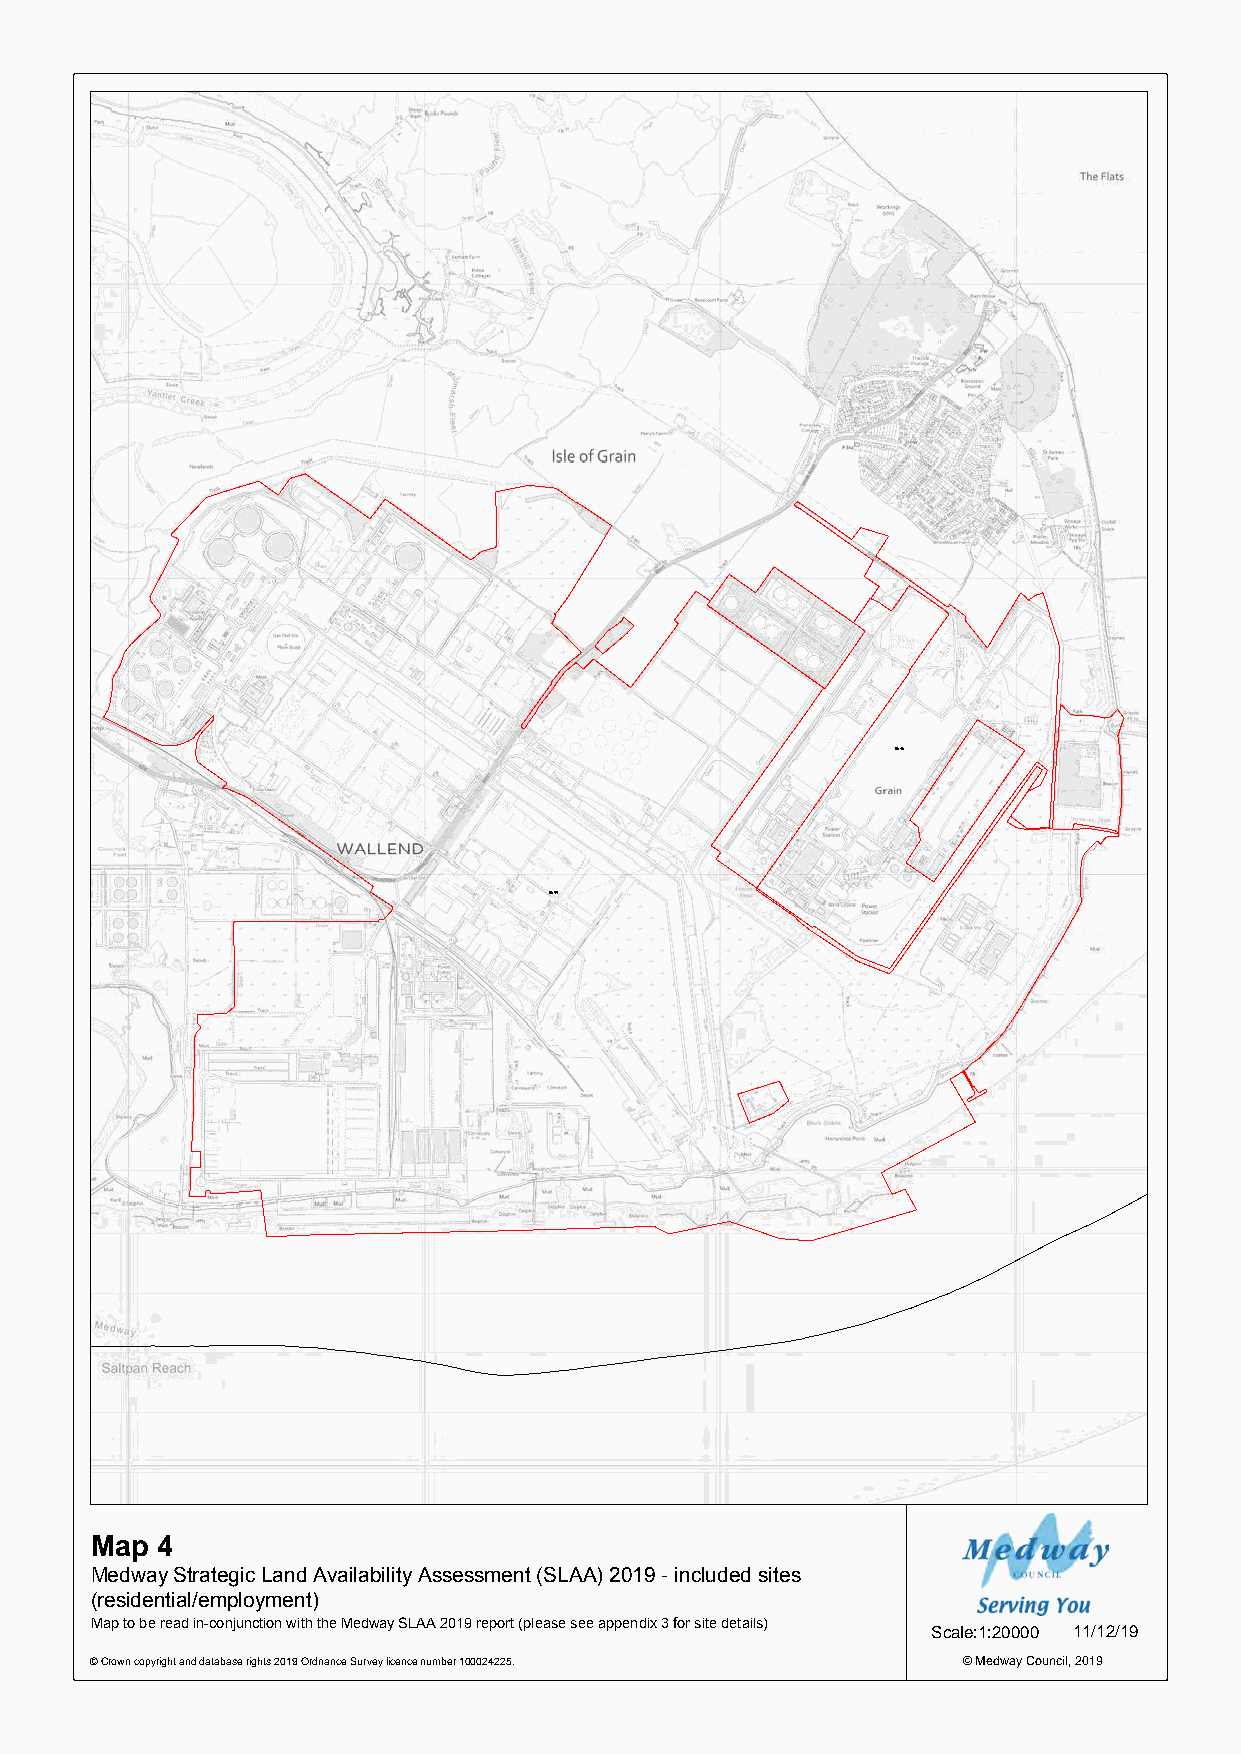
0646
 0699
 Map 4
 Medway Strategic Land Availability Assessment (SLAA) 2019 - included sites
 (residential/employment)
 Map to be read in-conjunction with the Medway SLAA 2019 report (please see appendix 3 for site details) Scale:1:20000 11/12/19
 © Crown copyright and database rights 2019 Ordnance Survey licence number 100024225. © Medway Council, 2019